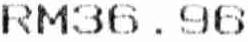
RM36.96